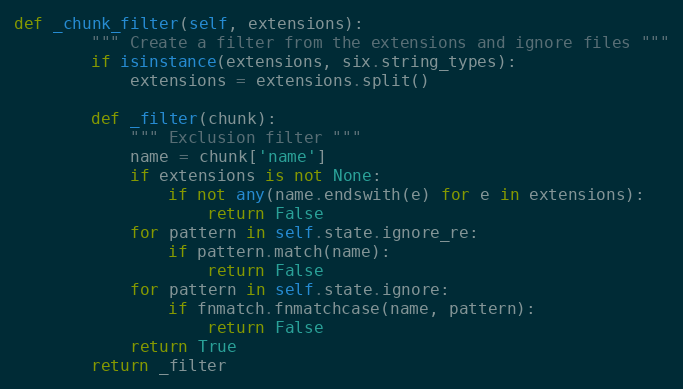
Language: Python
def _chunk_filter(self, extensions):
        """ Create a filter from the extensions and ignore files """
        if isinstance(extensions, six.string_types):
            extensions = extensions.split()

        def _filter(chunk):
            """ Exclusion filter """
            name = chunk['name']
            if extensions is not None:
                if not any(name.endswith(e) for e in extensions):
                    return False
            for pattern in self.state.ignore_re:
                if pattern.match(name):
                    return False
            for pattern in self.state.ignore:
                if fnmatch.fnmatchcase(name, pattern):
                    return False
            return True
        return _filter